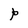
Character: P